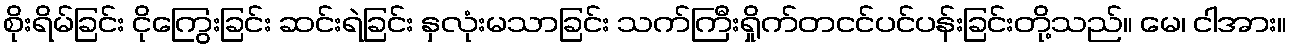
စိုးရိမ်ခြင်း ငိုကြွေးခြင်း ဆင်းရဲခြင်း နှလုံးမသာခြင်း သက်ကြီးရှိုက်တငင်ပင်ပန်းခြင်းတို့သည်။ မေ၊ ငါအား။